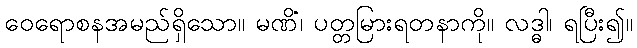
ဝေရောစနအမည်ရှိသော။ မဏိံ၊ ပတ္တမြားရတနာကို။ လဒ္ဓါ၊ ရပြီး၍။